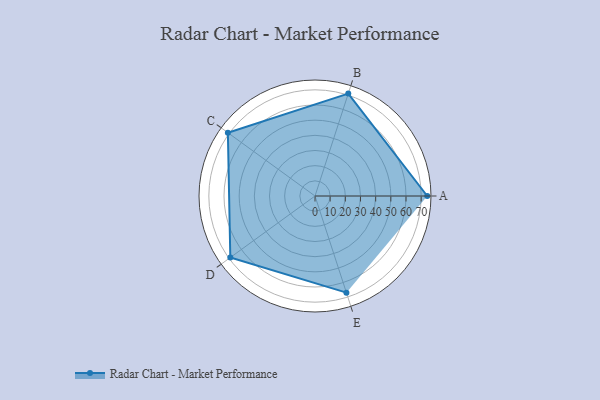
{"axis": {"x": "Skill", "y": "Score"}, "legend": ["Profile"], "data": [{"x": "A", "y": 74.0, "type": "Profile"}, {"x": "B", "y": 71.0, "type": "Profile"}, {"x": "C", "y": 71.0, "type": "Profile"}, {"x": "D", "y": 69.0, "type": "Profile"}, {"x": "E", "y": 67.0, "type": "Profile"}]}